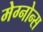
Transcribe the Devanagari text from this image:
मेग्नोन्स